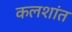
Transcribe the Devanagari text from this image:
कलशांत